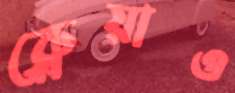
ক্লেয়াও